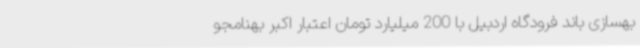
بهسازی باند فرودگاه اردبیل با 200 میلیارد تومان اعتبار اکبر بهنامجو